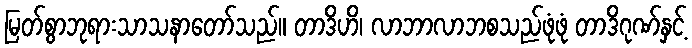
မြတ်စွာဘုရားသာသနာတော်သည်။ တာဒိဟိ၊ လာဘာလာဘစသည်ဖုံဖုံ တာဒိဂုဏ်နှင့်